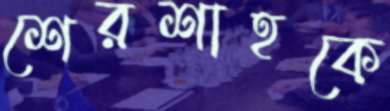
শেরশাহকে